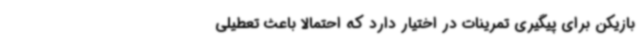
بازیکن برای پیگیری تمرینات در اختیار دارد که احتمالا باعث تعطیلی